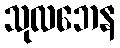
သုလဘေန